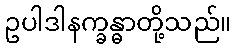
ဥပါဒါနက္ခန္ဓာတို့သည်။